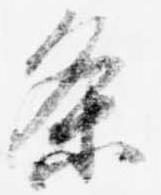
条